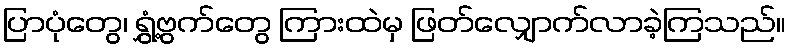
ပြာပုံတွေ၊ ရွှံ့ဗွက်တွေ ကြားထဲမှ ဖြတ်လျှောက်လာခဲ့ကြသည်။